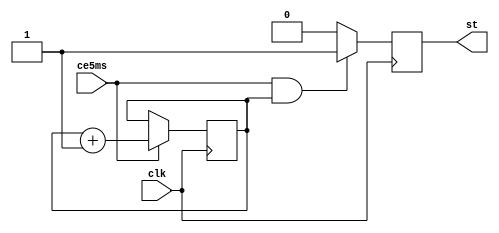
`timescale 1ns / 1ps



module Gen_10ms(
    input ce5ms,
    input clk,
    output reg st = 0
    );

reg cb = 0;

always @ (posedge clk) begin
	cb <= (ce5ms) ? cb + 1 : cb;
	st <= (ce5ms & cb) ? 1 : 0;
end

endmodule